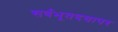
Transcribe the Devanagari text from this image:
सर्वभूतदयापर